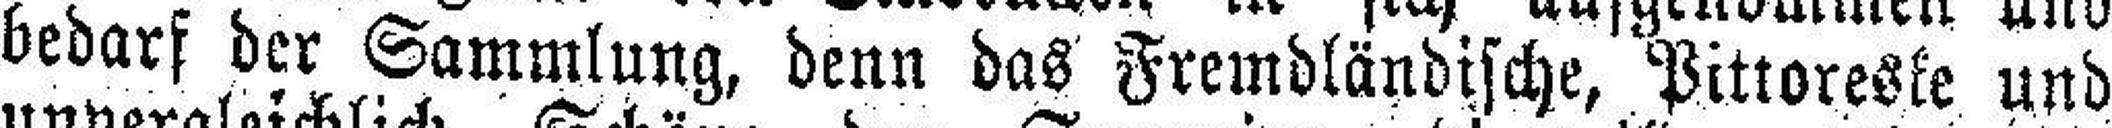
bedarf der Sammlung, denn das Fremdländische, Pittoreske und